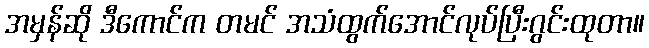
အမှန်ဆို ဒီကောင်က တမင် အသံထွက်အောင်လုပ်ပြီးဂွင်းထုတာ။